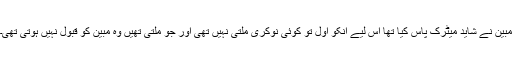
مبین نے شاید میٹرک پاس کیا تھا اس لیے انکو اول تو کوئی نوکری ملتی نہیں تھی اور جو ملتی تھیں وہ مبین کو قبول نہیں ہوتی تھی۔